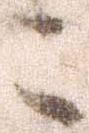
こ